Indian journal of veterinary science and animal husbandry - Volume 4,
Year: 1934
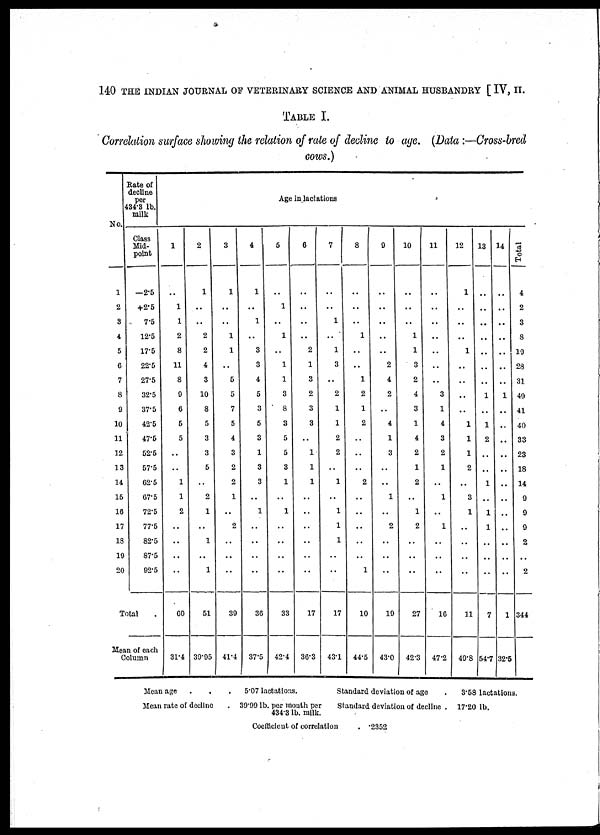
140 THE INDIAN JOURNAL OF VETERINARY SCIENCE AND ANIMAL HUSBANDRY [ IV, II.
TABLE I.
Correlation surface showing the relation of rate of decline to age. (Data :—Cross-bred
cows.)
No.
1
2
3
4
5
6
7
8
9
10
11
12
13
14
15
16
17
18
19
20
Rate of
decline
per
434.8 lb.
milk
Class
Mid-
point
—2.5
+2.5
7.5
12.5
17.5
22.5
27.5
32.5
37.5
42.5
47.5
52.5
57.5
62.5
67.5
72.5
77.5
82.5
87.5
92.5
Total .
Mean of each
Column
1
..
1
1
2
8
11
8
9
6
5
5
..
..
1
1
2
..
..
..
..
60
31.4
2
1
..
..
2
2
4
3
10
8
5
3
3
5
..
2
1
..
1
..
1
51
39.95
3
1
..
..
1
1
..
5
5
7
5
4
3
2
2
1
..
2
..
..
..
39
41.4
4
1
..
1
..
3
3
4
5
3
5
3
1
3
3
..
1
..
..
..
..
36
37.5
Age in lactations
5
..
1
..
1
..
1
1
3
8
3
5
5
3
1
..
1
..
..
..
..
33
42.4
6
..
..
..
..
2
1
3
2
3
3
..
1
1
1
..
..
..
..
..
..
17
36.3
7
..
..
1
..
1
3
..
2
1
1
2
2
..
1
. .
1
1
1
..
..
17
43.1
8
..
..
..
1
..
..
1
2
1
2
..
..
..
2
..
..
..
..
..
1
10
44.5
9
..
..
..
..
..
2
4
2
..
4
1
3
..
..
1
..
2
..
..
..
19
43.0
10
..
..
..
1
1
3
2
4
3
1
4
2
1
2
..
1
2
..
..
..
27
42.3
11
..
..
..
..
..
..
..
3
1
4
3
2
1
..
1
..
1
..
..
..
16
47.2
12
1
..
..
..
1
..
..
..
..
1
1
1
2
..
3
1
..
..
..
..
11
49.8
13
..
..
..
..
..
..
..
1
..
1
2
..
..
1
..
1
1
..
..
..
7
54.7
14
..
..
..
..
..
..
..
1
..
..
..
..
..
..
..
..
..
..
..
..
1
32.5
Tot al
4
2
3
8
19
28
31
49
41
40
33
23
18
14
9
9
9
2
..
2
344
Mean age . . .
Mean rate of decline
5.07 lactations.
39.99 lb. per month per
434.3 lb. milk.
Standard deviation of age .
Standard deviation of decline .
Coefficient of correlation
. .2352
3.58 lactations.
17.20 lb.